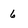
Character: 6